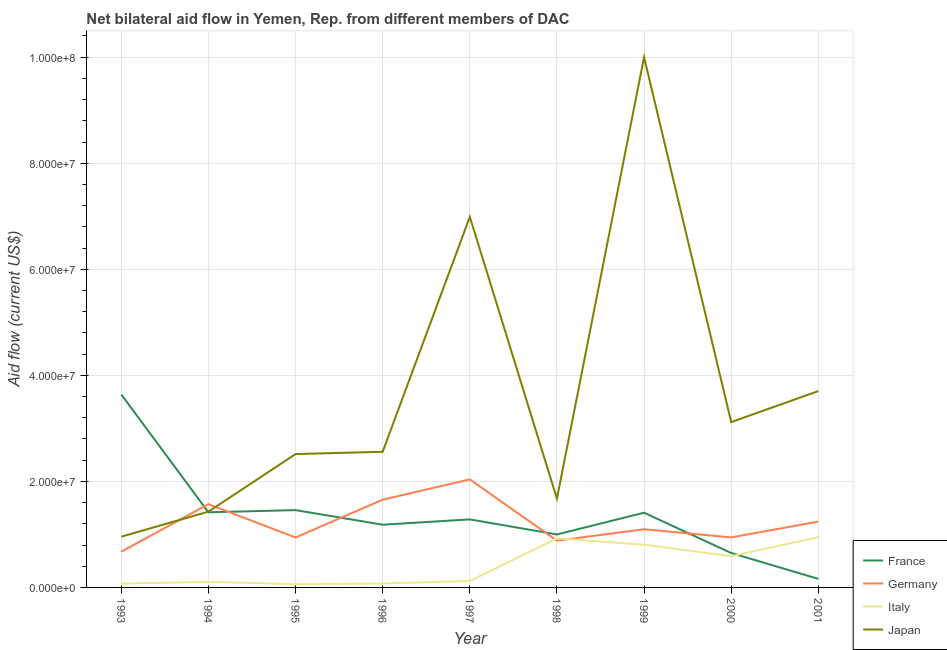
| Year | France | Germany | Italy | Japan |
 | --- | --- | --- | --- | --- |
 | 1993 | 3.64e+07 | 6.74e+06 | 7.1e+05 | 9.57e+06 |
 | 1994 | 1.42e+07 | 1.57e+07 | 1.06e+06 | 1.43e+07 |
 | 1995 | 1.46e+07 | 9.42e+06 | 6.1e+05 | 2.52e+07 |
 | 1996 | 1.18e+07 | 1.66e+07 | 7.4e+05 | 2.56e+07 |
 | 1997 | 1.28e+07 | 2.04e+07 | 1.22e+06 | 6.99e+07 |
 | 1998 | 9.99e+06 | 8.82e+06 | 9.26e+06 | 1.67e+07 |
 | 1999 | 1.41e+07 | 1.1e+07 | 8.05e+06 | 1e+08 |
 | 2000 | 6.49e+06 | 9.43e+06 | 5.89e+06 | 3.12e+07 |
 | 2001 | 1.61e+06 | 1.24e+07 | 9.49e+06 | 3.7e+07 |